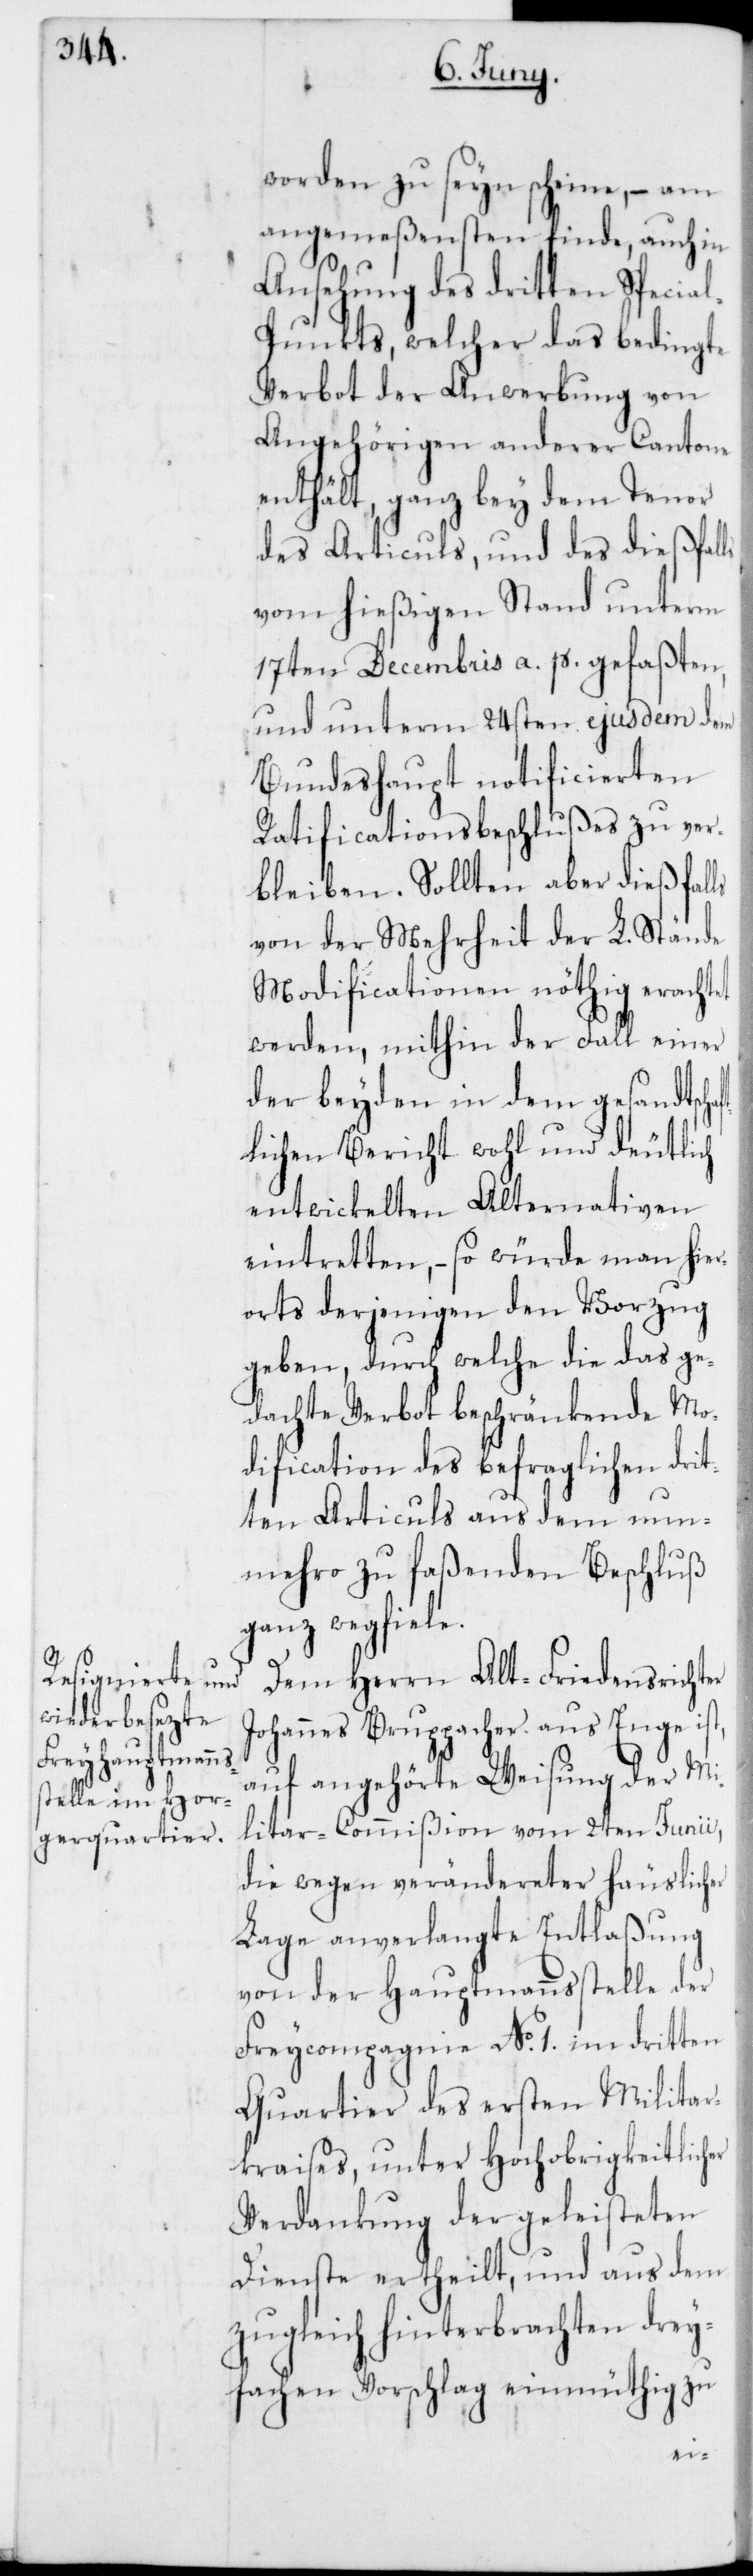
worden zu seyn scheine, – am
angemeßensten finde, auch in
Ansehung des dritten Specia¬
l-Punkts, welcher das bedingte
Verbot der Anwerbung von
Angehörigen anderer Cantone
enthält, ganz bey dem Tenor
des Articuls und des dießfalls
vom hießigen Stand unterm
17ten Decembris a. p. gefaßten,
und unterm 24sten ejusdem dem
Bundeshaupt notificierten
Ratificationsbeschlußes zu ver¬
bleiben. Sollten aber dießfalls
von der Mehrheit der L. Stände
Modificationen nöthig erachtet
werden, mithin der Fall einer
der beyden in dem gesandtscha¬
ftlichen Bericht wohl und deutlich
entwickelten Alternativen
eintretten, – so würde man hier¬
orts derjenigen den Vorzug
geben, durch welche die das ge¬
dachte Verbot beschränkende Mo¬
dification des befraglichen drit¬
ten Articuls aus dem nun¬
mehro zu faßenden Beschluß
ganz wegfiele.
Dem Herrn Alt-Friedensrichter
Johannes Bruppacher aus Enge ist,
auf angehörte Weisung der Mi¬
litar-Commißion vom 2ten Junii,
die wegen verändereter häuslicher
Lage anverlangte Entlaßung
von der Hauptmannsstelle der
Freycompagnie No 1. im dritten
Quartier des ersten Militar¬
kreises, unter Hochobrigkeitlich¬
Verdankung der geleisteten
Dienste ertheilt, und aus dem
zugleich hinterbrachten drey¬
fachen Vorschlag einmüthig zu
er